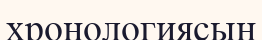
хронологиясын